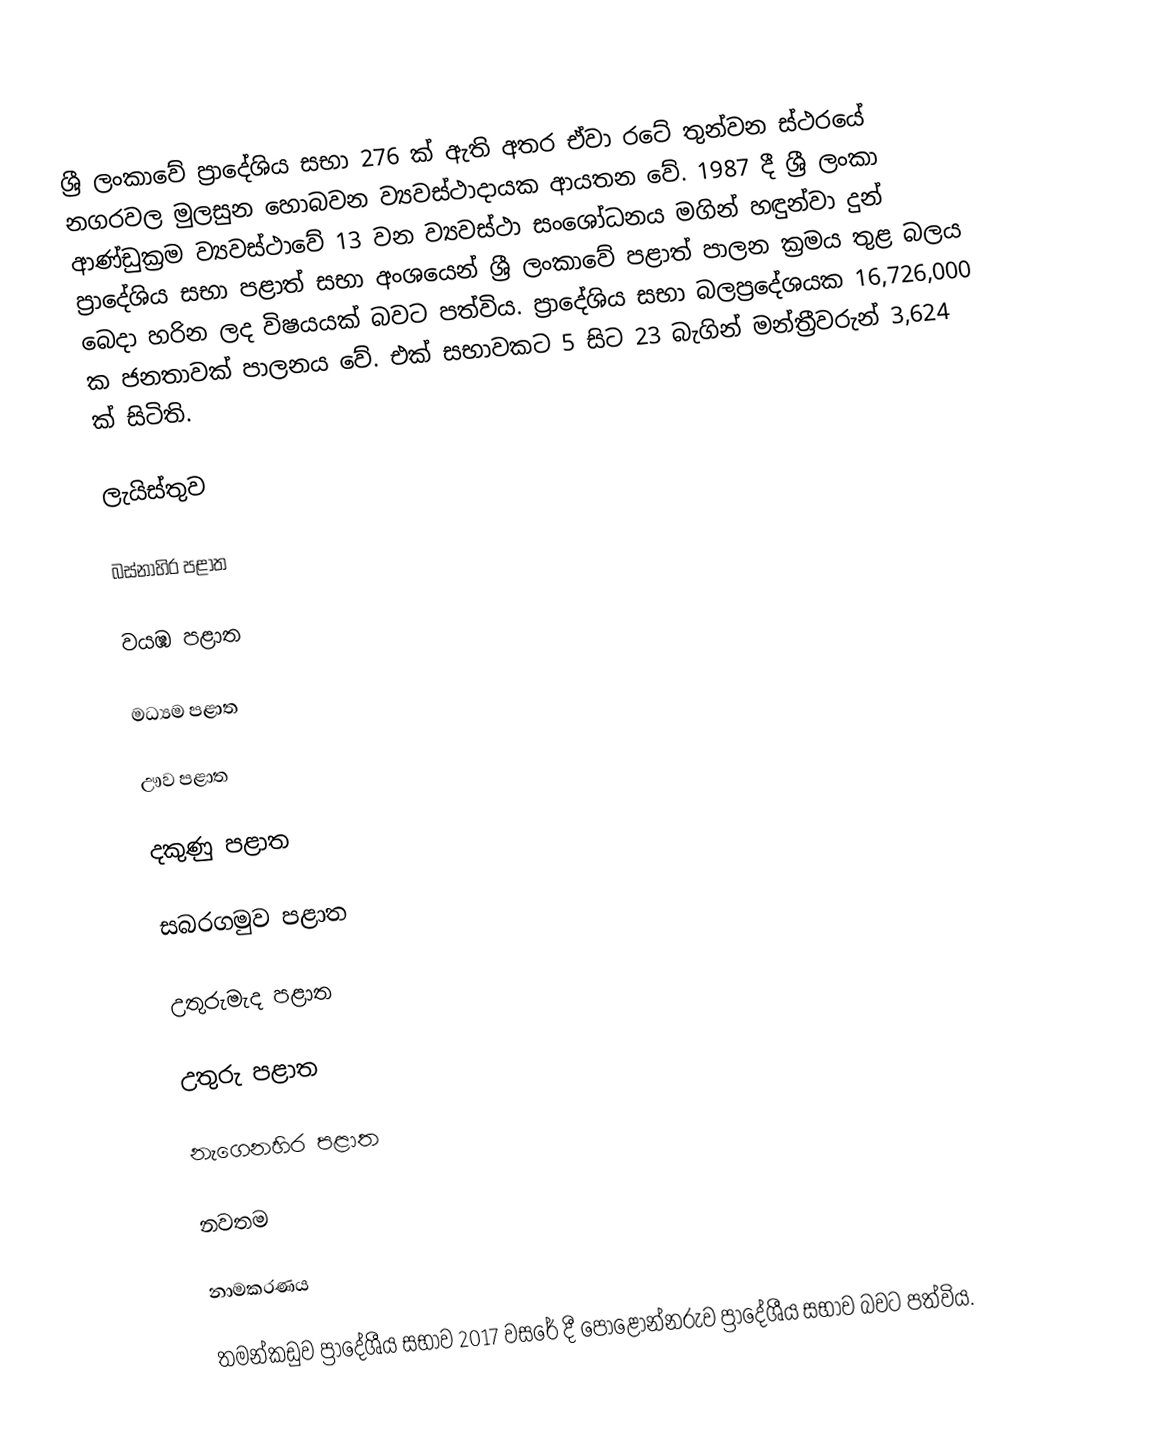
ශ්‍රී ලංකාවේ ප්‍රාදේශිය සභා 276 ක් ඇති අතර ඒවා රටේ තුන්වන ස්ථරයේ නගරවල මුලසුන හොබවන ව්‍යවස්ථාදායක ආයතන වේ. 1987 දී ශ්‍රී ලංකා ආණ්ඩුක්‍රම ව්‍යවස්ථාවේ 13 වන ව්‍යවස්ථා සංශෝධනය මගින් හඳුන්වා දුන් ප්‍රාදේශිය සභා පළාත් සභා අංශයෙන් ශ්‍රී ලංකාවේ පළාත් පාලන ක්‍රමය තුළ බලය බෙදා හරින ලද විෂයයක් බවට පත්විය. ප්‍රාදේශිය සභා බලප්‍රදේශයක 16,726,000 ක ජනතාවක් පාලනය වේ. එක් සභාවකට 5 සිට 23 බැගින් මන්ත්‍රීවරුන් 3,624 ක් සිටිති.

ලැයිස්තුව

බස්නාහිර පළාත

වයඹ පළාත

මධ්‍යම පළාත

ඌව පළාත

දකුණු පළාත

සබරගමුව පළාත

උතුරුමැද පළාත

උතුරු පළාත

නැගෙනහිර පළාත

නවතම

 නාමකරණය

 තමන්කඩුව ප්‍රාදේශීය සභාව 2017 වසරේ දී පොළොන්නරුව ප්‍රාදේශීය සභාව බවට පත්විය.